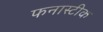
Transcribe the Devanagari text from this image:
फनास्टीक